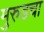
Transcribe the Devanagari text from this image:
मुरुडचा